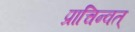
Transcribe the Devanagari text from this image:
प्राचिन्वत्‌